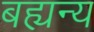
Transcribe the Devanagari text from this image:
बह्यन्य